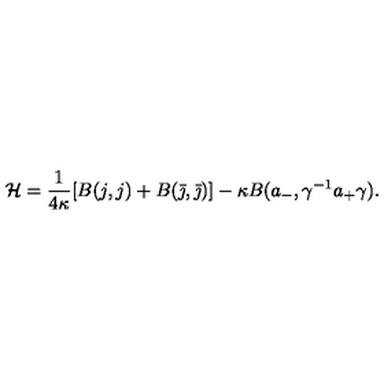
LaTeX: \mathcal H = \frac { 1 } { 4 \kappa } [ B ( j , j ) + B ( \bar { \jmath } , \bar { \jmath } ) ] - \kappa B ( a _ { - } , \gamma ^ { - 1 } a _ { + } \gamma ) .